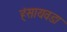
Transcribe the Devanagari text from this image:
हंसायवडा